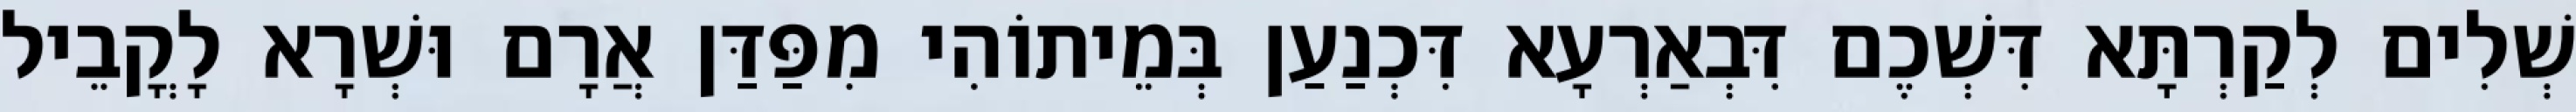
שְׁלִים לְקַרְתָּא דִּשְׁכֶם דִּבְאַרְעָא דִּכְנַעַן בְּמֵיתוֹהִי מִפַּדַּן אֲרָם וּשְׁרָא לָקֳבֵיל